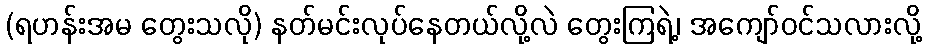
(ရဟန်းအမ တွေးသလို) နတ်မင်းလုပ်နေတယ်လို့လဲ တွေးကြရဲ့၊ အကျော်ဝင်သလားလို့